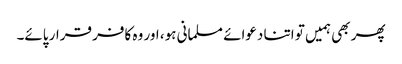
پھر بھی ہمیں تو اتنا دعوائے مسلمانی ہو، اور وہ کافر قرار پائے۔